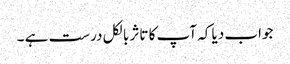
جواب دیا کہ آپ کا تاثر بالکل درست ہے ۔